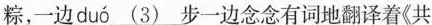
粽，一边 duó \underline{(3)}步一边念念有词地翻译着《共